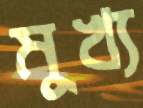
মুখ্য